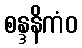
စန္ဒနိကံဝ